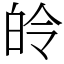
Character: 皊